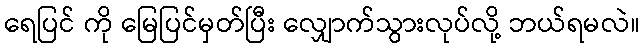
ရေပြင် ကို မြေပြင်မှတ်ပြီး လျှောက်သွားလုပ်လို့ ဘယ်ရမလဲ။